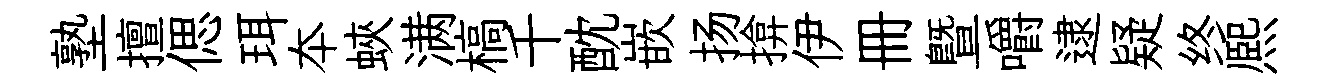
塾擅偲珥夲蛺满槁千酖嵌扬揜伊册暨嚼逮疑终熈